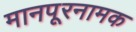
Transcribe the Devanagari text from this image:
मानपूरनामक